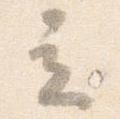
立